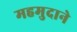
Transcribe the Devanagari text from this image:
महमुदाने